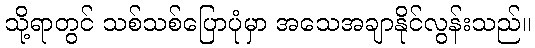
သို့ရာတွင် သစ်သစ်ပြောပုံမှာ အသေအချာနိုင်လွန်းသည်။